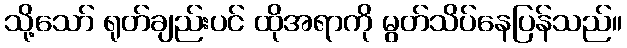
သို့သော် ရုတ်ချည်းပင် ထိုအရာကို မွတ်သိပ်နေပြန်သည်။